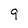
Character: 9